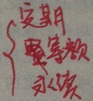
实习期寒暑假永续